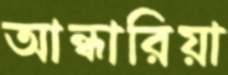
আন্ধারিয়া